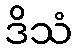
ဒိသံ